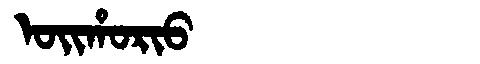
Manchu: ᠣᡳᡥᠣᡵᡳᠣ
Romanization: OIHORIO